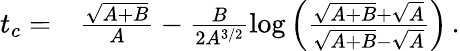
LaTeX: \begin{array}{rl}{t_{c}=}&{{}\frac{\sqrt{A+B}}{A}-\frac{B}{2A^{3/2}}\log\left(\frac{\sqrt{A+B}+\sqrt{A}}{\sqrt{A+B}-\sqrt{A}}\right)\, .}\end{array}